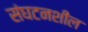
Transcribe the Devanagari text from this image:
संघटनशील